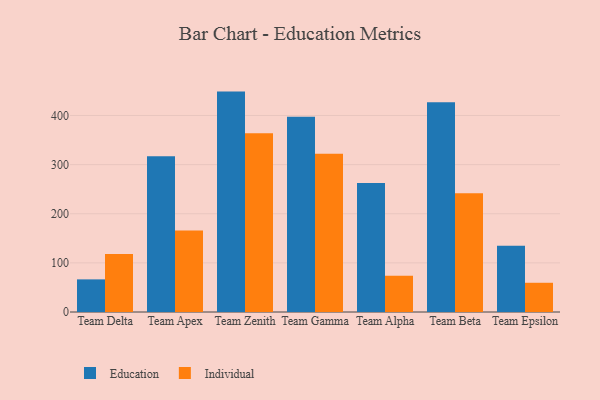
{"axis": {"x": "Team", "y": "Population (Million)"}, "legend": ["Education", "Individual"], "data": [{"x": "Team Delta", "y": 66.4, "type": "Education"}, {"x": "Team Delta", "y": 117.8, "type": "Individual"}, {"x": "Team Apex", "y": 316.8, "type": "Education"}, {"x": "Team Apex", "y": 166.0, "type": "Individual"}, {"x": "Team Zenith", "y": 448.6, "type": "Education"}, {"x": "Team Zenith", "y": 364.0, "type": "Individual"}, {"x": "Team Gamma", "y": 397.6, "type": "Education"}, {"x": "Team Gamma", "y": 322.2, "type": "Individual"}, {"x": "Team Alpha", "y": 262.8, "type": "Education"}, {"x": "Team Alpha", "y": 74.0, "type": "Individual"}, {"x": "Team Beta", "y": 426.7, "type": "Education"}, {"x": "Team Beta", "y": 241.7, "type": "Individual"}, {"x": "Team Epsilon", "y": 134.8, "type": "Education"}, {"x": "Team Epsilon", "y": 59.5, "type": "Individual"}]}